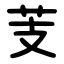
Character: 芰